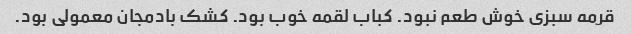
قرمه سبزی خوش طعم نبود. کباب لقمه خوب بود. کشک بادمجان معمولی بود.